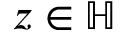
z \in \mathbb { H }